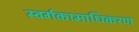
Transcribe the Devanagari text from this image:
स्वर्गकामाधिकरण